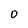
Character: O